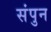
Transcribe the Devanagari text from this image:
संपुन